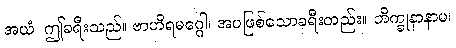
အယံ၊ ဤခရီးသည်။ ဗာဟိရမဂ္ဂေါ၊ အပဖြစ်သောခရီးတည်း။ ဘိက္ခုနာနာမ၊